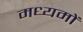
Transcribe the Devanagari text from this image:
मध्यमों